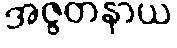
အဇ္ဇတနာယ